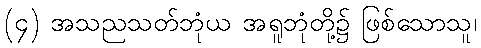
(၄) အသညသတ်ဘုံယ အရူဘုံတို့၌ ဖြစ်သောသူ၊